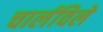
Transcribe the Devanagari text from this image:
चार्लविले